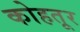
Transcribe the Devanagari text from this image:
कोहतूर